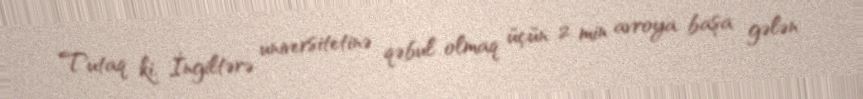
Tutaq ki, İngiltərə universitetinə qəbul olmaq üçün 2 min avroya başa gələn